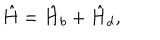
\hat { H } = \hat { H } _ { b } + \hat { H } _ { d } ,